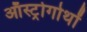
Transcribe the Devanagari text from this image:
ऑस्ट्रोगोथों